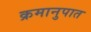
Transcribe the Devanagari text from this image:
क्रमानुपात